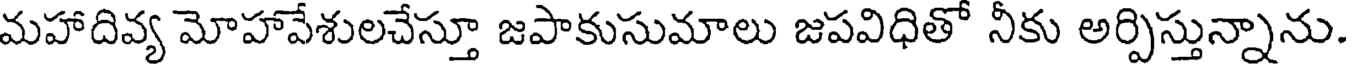
మహాదివ్య మోహావేశులచేస్తూ జపాకుసుమాలు జపవిధితో నీకు అర్పిస్తున్నాను.